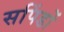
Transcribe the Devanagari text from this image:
सपिंडों